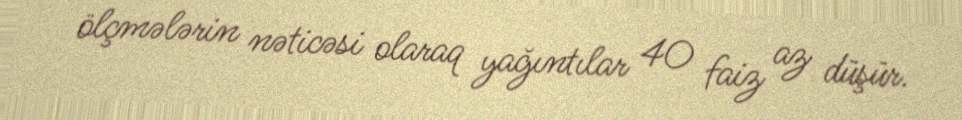
ölçmələrin nəticəsi olaraq yağıntılar 40 faiz az düşür.